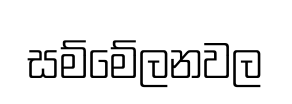
සම්මේලනවල